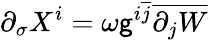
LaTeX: \partial_{\sigma}X^{i}=\omega\mathsf{g}^{i\overline{{{{j}}}}}\overline{{{{\partial_{j}W}}}}